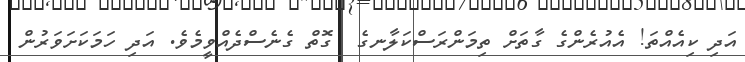
އަދި ކިއެއްތަ! އެއުރެންގެ ގާތަށް ތިމަންރަސްކަލާނގެ  ގޮތް ގެނެސްދެއްވީމެވެ. އަދި ހަމަކަށަވަރުން